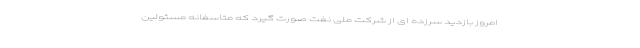
امروز بازدید سرزده ای از شرکت ملی نفت صورت گیرد که متاسفانه مسئولین